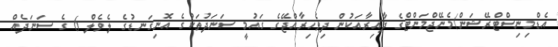
އެޑްމިނިސްޓްރޭޝަން/މެނޭޖްމަންޓްގެ ދާއިރާއަކުން ދިވެހިރާއްޖޭގެ ޤައުމީ ސަނަދުތަކުގެ އޮނިގަނޑުގެ ލެވެލް 6 ގެ ސަނަދެއް